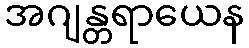
အဂျန္တရာယေန